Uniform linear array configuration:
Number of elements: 64
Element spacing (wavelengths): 0.25
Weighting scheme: blackman
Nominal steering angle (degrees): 0
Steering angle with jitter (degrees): -0.657
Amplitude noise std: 0.05
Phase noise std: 0.05

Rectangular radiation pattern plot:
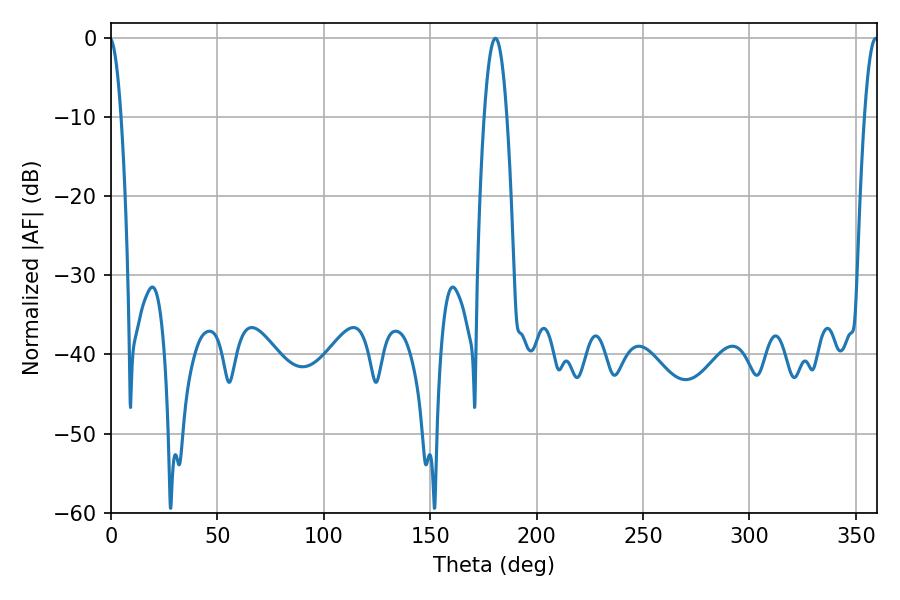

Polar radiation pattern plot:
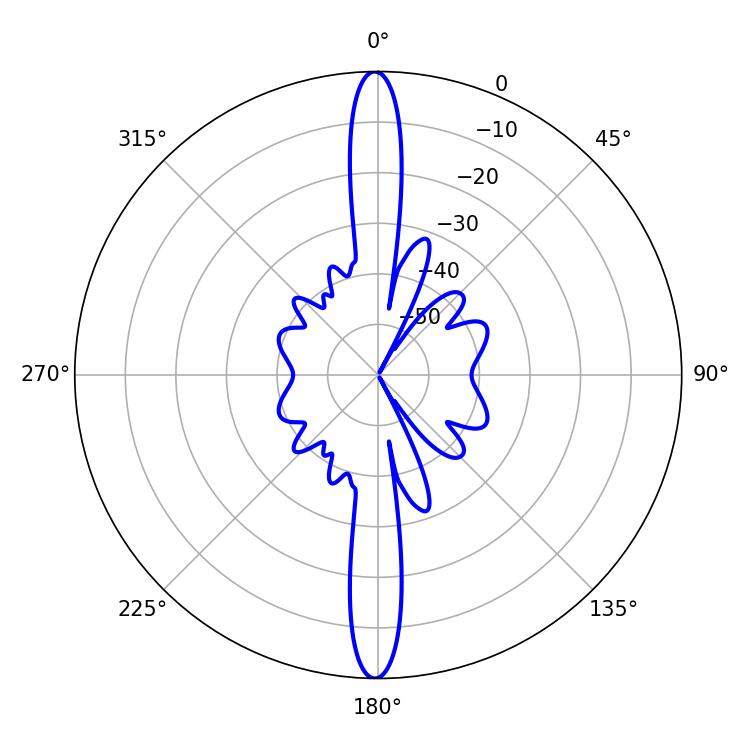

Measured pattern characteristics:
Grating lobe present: FALSE
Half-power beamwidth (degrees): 3.6
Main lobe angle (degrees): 359.28